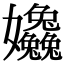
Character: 𡤹